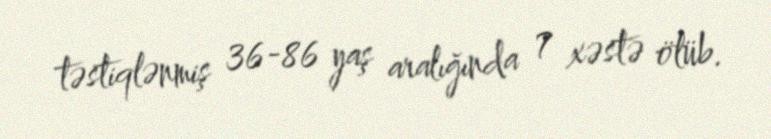
təstiqlənmiş 36-86 yaş aralığında 7 xəstə ölüb.